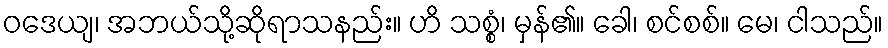
ဝဒေယျ၊ အဘယ်သို့ဆိုရာသနည်း။ ဟိ သစ္စံ၊ မှန်၏။ ခေါ၊ စင်စစ်။ မေ၊ ငါသည်။